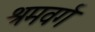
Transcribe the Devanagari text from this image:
श्रमवर्ग